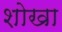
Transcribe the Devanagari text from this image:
शोखा